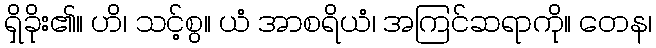
ရှိခိုး၏။ ဟိ၊ သင့်စွ။ ယံ အာစရိယံ၊ အကြင်ဆရာကို။ တေန၊